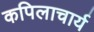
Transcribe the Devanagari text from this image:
कपिलाचार्य